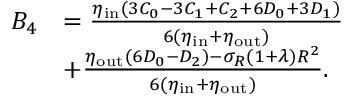
\begin{array} { r l } { B _ { 4 } } & { = \frac { \eta _ { \mathrm { i n } } ( 3 C _ { 0 } - 3 C _ { 1 } + C _ { 2 } + 6 D _ { 0 } + 3 D _ { 1 } ) } { 6 ( \eta _ { \mathrm { i n } } + \eta _ { \mathrm { o u t } } ) } } \\ & { + \frac { \eta _ { \mathrm { o u t } } ( 6 D _ { 0 } - D _ { 2 } ) - \sigma _ { R } ( 1 + \lambda ) R ^ { 2 } } { 6 ( \eta _ { \mathrm { i n } } + \eta _ { \mathrm { o u t } } ) } . } \end{array}